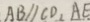
A B / / C D , A E